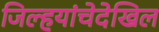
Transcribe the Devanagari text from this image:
जिल्हयांचेदेखिल